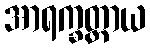
အာရက္ခတ္ထာယ